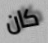
كان